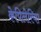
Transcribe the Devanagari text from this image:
केपिलेरिया